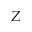
Z